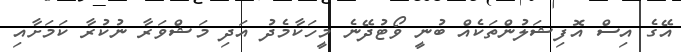
އޭގެ އިސް އޮފިޝަލުންތަކެއް ބުނީ ވޯޓުދޭނެ މީހަކާމެދު އަދި މަޝްވަރާ ނުކުރާ ކަމަށާއި